system: You are a helpful assistant.
user:
Analyze the provided spectrum to determine if it is a **S-type Star**.

- **Key Indicators for S-type Star:**

    - **(Overall Spectrum Shape):** The first and most obvious characteristic is the overall continuum (the "baseline" shape). It is **extremely "red-sloping,"** meaning the flux (light intensity) is very low on the left side (blue, ~4000-4500 Å) and rises steeply and continuously toward the right side (red, ~7000 Å+).

    - **(Primary):** The spectrum is defined by the presence of strong, broad molecular absorption "valleys" (bands) from **Zirconium Oxide (ZrO)**. The identification of these bands is the **primary requirement** for classifying a star as S-type.
        - **(Key Bandheads):** You must find distinct, deep "dips" where the light has been absorbed. The most critical band systems to locate are:
            - **~6474 Å** ($\gamma$-system): This is often the strongest and clearest ZrO feature, found in the red part of the spectrum.
            - **~5718 Å** & **~5551 Å** ($\beta$-system): A pair of prominent absorption features in the yellow-orange part of the spectrum.
            - **~4640 Å** ($\alpha$-system): A key absorption band system in the blue-green region of the spectrum.

    - **(Secondary Confirmation):** The classification is strengthened by finding additional absorption bands from other related heavy element oxides, which are expected to be present alongside ZrO.
        - **(Key Bandheads):**
            - **Yttrium Oxide (YO):** Look for absorption dips near **~4800 Å** and **~6100 Å**.
            - **Lanthanum Oxide (LaO):** Additional absorption features, particularly in the red-orange part of the spectrum, are also characteristic.

    - **(Line Profile):** The combination of the steep red continuum and these numerous, deep molecular bands (ZrO, YO, etc.) gives the entire spectrum a very **"chopped-up"** or **"bumpy"** appearance. Instead of a smooth curve, the spectrum looks as though large, wide chunks of light have been "carved out" of it at the specific wavelengths listed above.

Think first, call **spectral_visualization_tool** if needed to examine features in detail, then provide your final answer. Your response must adhere to the following strict rules:
1.  **Overall Structure:** Your response must follow the format `<think>...</think> <tool_call>...</tool_call> (if a tool is used) <answer>...</answer>`.
2.  **Tool Usage Constraint:** You may only make **one** tool call per turn.
3.  **Final Answer Format:** In the `<answer>` tag, your conclusion must be inside a `\boxed{}` command (e.g., `\boxed{YES}` or `\boxed{NO}`), followed by your justification.

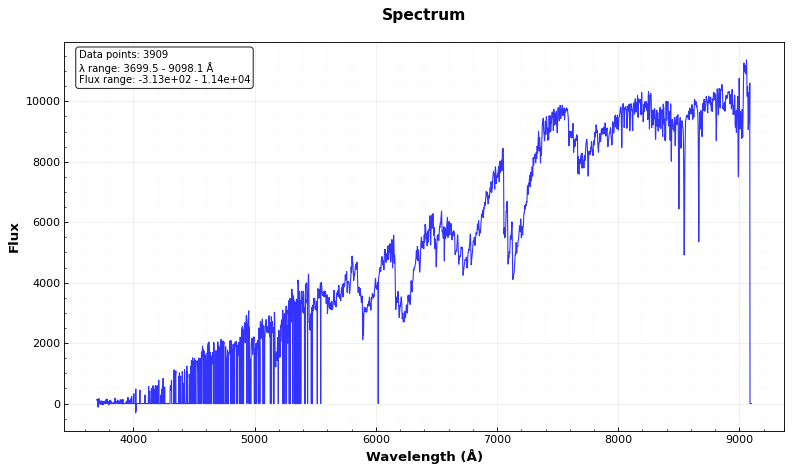
Answer: YES